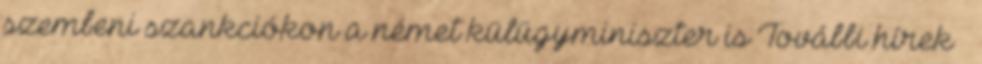
szembeni szankciókon a német külügyminiszter is További hírek »